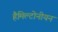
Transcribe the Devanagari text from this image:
हैमिल्टोनीयन